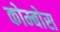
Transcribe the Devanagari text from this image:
कोम्बोस